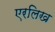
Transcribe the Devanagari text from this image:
एरलिख